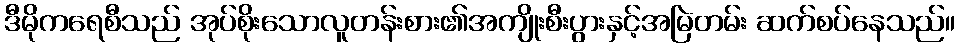
ဒီမိုကရေစီသည် အုပ်စိုးသောလူတန်းစား၏အကျိုးစီးပွားနှင့်အမြဲတမ်း ဆက်စပ်နေသည်။